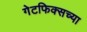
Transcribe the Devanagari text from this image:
गेटफिक्सच्या